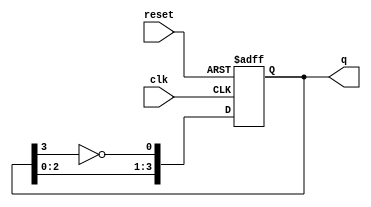
module johnson_counter #(
    parameter N = 4 // Number of flip-flops
)(
    input wire clk,          // Clock input
    input wire reset,        // Asynchronous reset
    output reg [N-1:0] q     // Output state of the counter
);

    // Internal signal for the feedback
    wire feedback;

    // Assign feedback as the inverted output of the last flip-flop
    assign feedback = ~q[N-1];

    // Sequential logic for the Johnson Counter
    always @(posedge clk or posedge reset) begin
        if (reset) begin
            q <= 0; // Reset all flip-flops to 0
        end else begin
            // Shift the values and feed the inverted last flip-flop output
            q <= {q[N-2:0], feedback};
        end
    end

endmodule